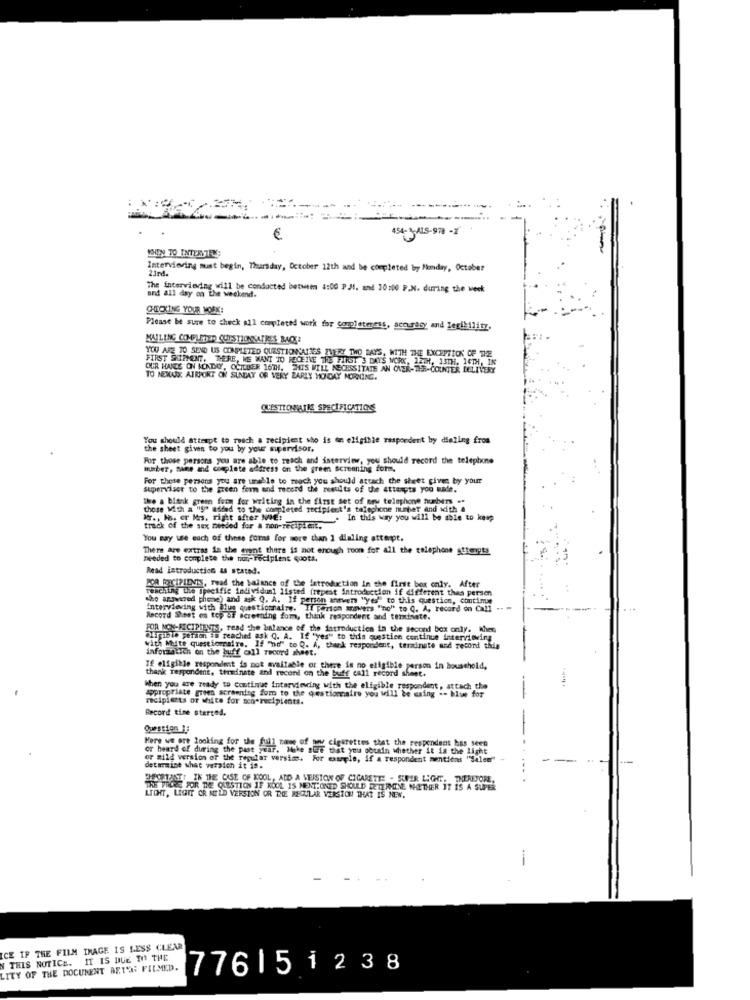
€
454- 3-ALS-978 -1
MOON TO INTERSTRS
Interviering must begin, Thursday, October 12th and be completed by Monday, October
21rd.
The interviering will be conducted betwem 4:00 P.JI. and 30:00 P.N. during the week
and all day on the weekend.
CHECKING YOUR MORK:
Please be sure to check all completed work for completeress, accuracy and legibility.
MAILING COMPLETED CUPSTIONNATRES BACK
YOU ARE TO SEND US COMPLETED QUESTIONCAISES EVERY TWO DAYS, WITH THE EXCEPTION OF THE
FIRST SHIPMENT, THERE, WE WANT TO RECEIVE THE FIRST 3 DAYS WORK, 12TH, 13TH. 14TH, IN
OUR HANDS ON MONDAY, OCTOBER 16TH. HUIS WILL NECESSITATE AN OVER-THE-COUNTER DELIVERY
TO NEXUS: AIRPORT ON SUNDAY OR VERY ZARLY MONDAY MORNING.
QUESTIOWATHE SPECIFICATIONS
You should attempt to reach a recipient who is on eligible respondent by dieling from
the sheet given to you by your supervisor.
For those persons you are able to reach and interview, you should record the telephone
huber, mine and complete address on the green screening for
For these persons you are unable to meoch you should attach the sheet given by your
supervisor to the green form and recerd the results of the attempts you made.
The a blank green for for writing in the first set of new telephone numbers ..
those with a "y" added to the completed recipient's telephone number and with &
w ., los. er Mos. right after ME!
. In this way you will be able to keep
track of the sex needed for a non-recipient.
You may use each of these forns for more than 1 dialing attapt.
There are extras in the event there is not enough room for all the telephone streets
needed to complete the non-recipient quota.
Read introduction as stated.
POR ROICIPIDVIS, Twad the balance of the latroduction in the first box only. After
reaching the specific individual listed (repeat introduction if different thes persen
who answered phone) and ask Q. A. If person antvers "yes" to this question, continue
interviewing with alus questionnaire. Il Person answers "no" to Q. A, record on Call ..
questionnaire.
Macord Sheet on top OF screening som, thank respondent and terminate.
FOR NON-RECIPIENTS, read the balance of the datroduction in the second box only. When
Olurable person is reached ask Q. A. If "yes" to this questien continue interviewing
with White questionaire. If "no" to Q. A, thank respondent, terminate and record this
information on the buff call record sheet.
Tf eligible respondent is not available or there is no eligible person in household,
thank Tespondent, terminate and record on the buff call record sheet.
When you are ready to Continue interviewing with the eligible respondent, attach the
appropriate green screening zum to the questionnaire you will be using => blume for
--
recipients of white for men-recipients.
Record time started.
-
Question. 1;
Here we are looking for the full name of one cigarettes that the respondent has seen
or heard of during the past year. Mike BUFF that you pouhin whether it is the light
or mild version of the regular
or mild version of the regular versims. For example, if a respondent mentions "Salen"
determine what version it is.
POSTAT: IN THE CASE OF KOOL, ADD A MEISTON OF CIGARETTE . SUPER LIGHT, THEREFORE,
FOR THE QUESTION IF KOOL IS MENTIONED SHOULD DETERMINE WHETHER IT IS A SUPER
LICHT, LIGIT OR MILD VERSION OR THE REGULAR VERSION THAT IS NEW.
-
ICE IF THE FILM IMAGE IS LESS CLEAR
N THIS NOTICE. IT IS DUE TO THE
LITY OF THE DOCUMENT BETON PILMED.
776151238